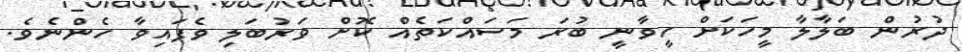
ދުރުން ބަލާލާ މީހަކަށް ހީވާނީ ބުރަ މަސައްކަތެއް ކޮށް ވަރުބަލި ވެފައިވާ ހެންނެވެ.